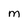
Character: M